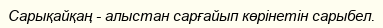
Сарықайқаң - алыстан сарғайып көрінетін сарыбел.